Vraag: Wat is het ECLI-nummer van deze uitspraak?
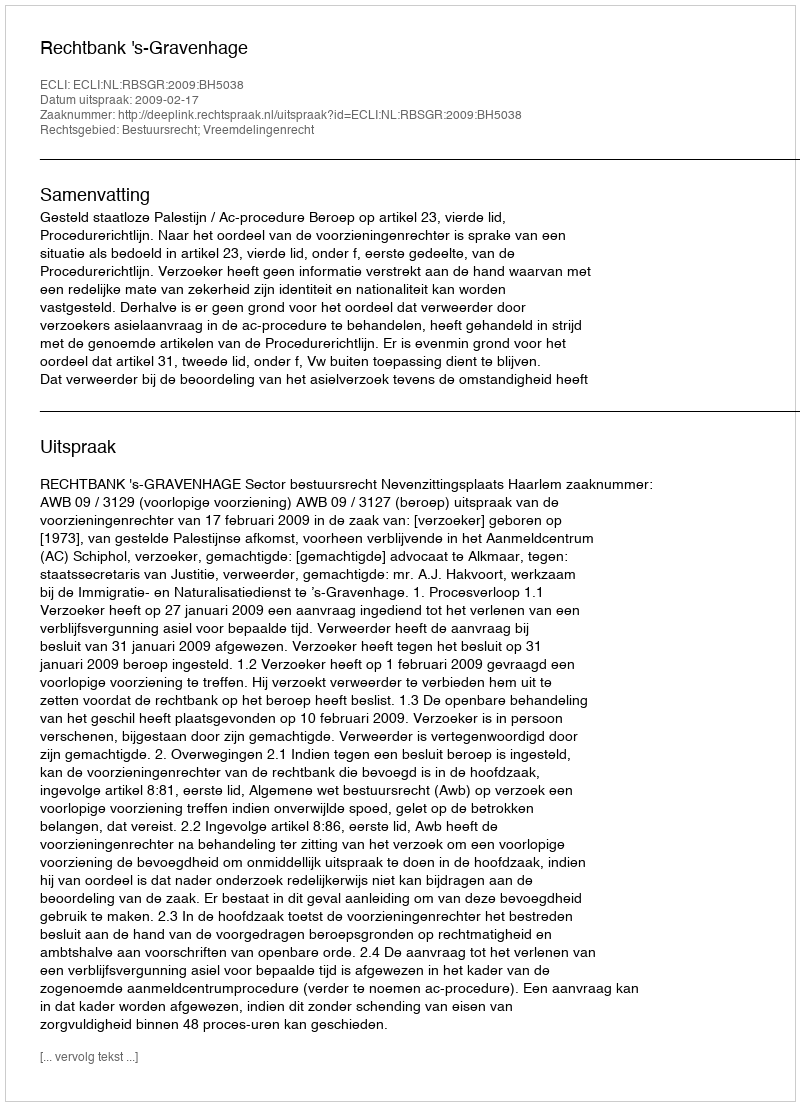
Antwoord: ECLI:NL:RBSGR:2009:BH5038